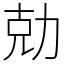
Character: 勀